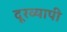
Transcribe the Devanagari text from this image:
दूरव्यापी